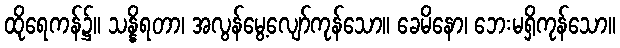
ထိုရေကန်၌။ သန္နိရတာ၊ အလွန်မွေ့လျော်ကုန်သော။ ခေမိနော၊ ဘေးမရှိကုန်သော။